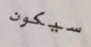
سيكون